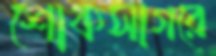
শোকসাগরে